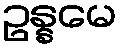
ဥန္နမေ